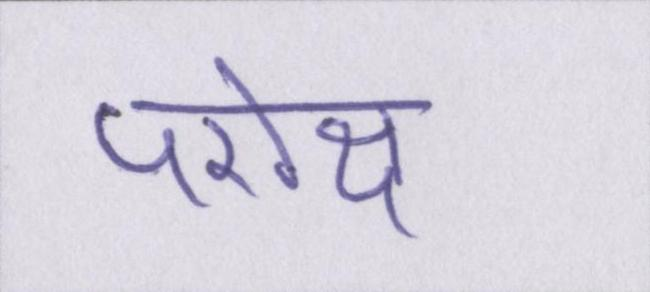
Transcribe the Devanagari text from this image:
परोक्ष